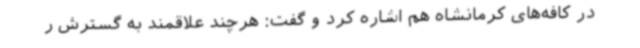
در کافه‌های کرمانشاه هم اشاره کرد و گفت: هرچند علاقمند به گسترش ر